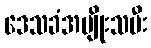
ဒေသခံအမျိုးသမီး